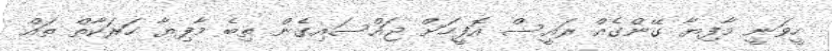
ހީވަނީ މާފިޔާ ގޭންގެއް ރައީސް އޮފީހަށް ޖައްސައިގެން ތިބެ މާފިޔާ ހަރަކާތް ތައް